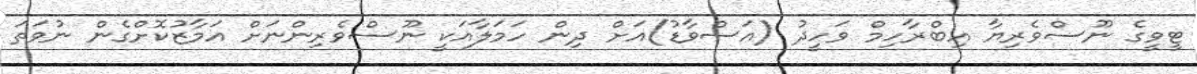
ޓީވީގެ ނޫސްވެރިޔާ އިބްރާހިމް ވަހީދު (އަސްވާޑު)އަށް ދިން ހަމަލާއަކީ ނޫސްވެރިންނަށް އަމާޒުކޮށްގެން ނުވަތަ